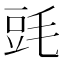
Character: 毭